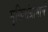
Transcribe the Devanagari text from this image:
मुक्तिसंग्रामाचे